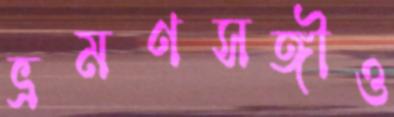
ভ্রমণসঙ্গীও